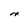
Character: n